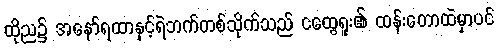
ထိုည၌ အနော်ရထာနှင့်ရဲဘက်တစ်သိုက်သည် ငထွေရူး၏ ထန်းတောထဲမှာပင်